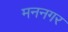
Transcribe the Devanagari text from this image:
मननगर